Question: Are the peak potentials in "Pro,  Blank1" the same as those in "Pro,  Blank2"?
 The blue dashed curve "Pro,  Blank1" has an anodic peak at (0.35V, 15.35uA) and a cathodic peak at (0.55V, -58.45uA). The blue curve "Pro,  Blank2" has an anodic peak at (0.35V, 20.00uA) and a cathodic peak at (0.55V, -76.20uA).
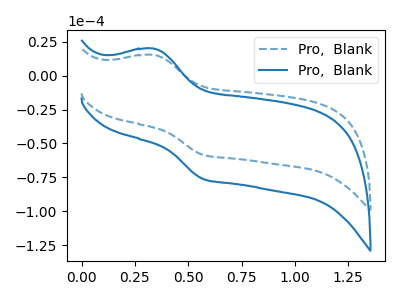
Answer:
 <answer>Yes, "Pro,  Blank1" have a peak in "Pro,  Blank2" at the same potential.</answer>
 <eval>match</eval>